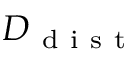
D _ { \mathrm { ~ d ~ i ~ s ~ t ~ } }